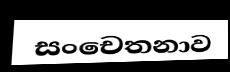
සංචෙතනාව